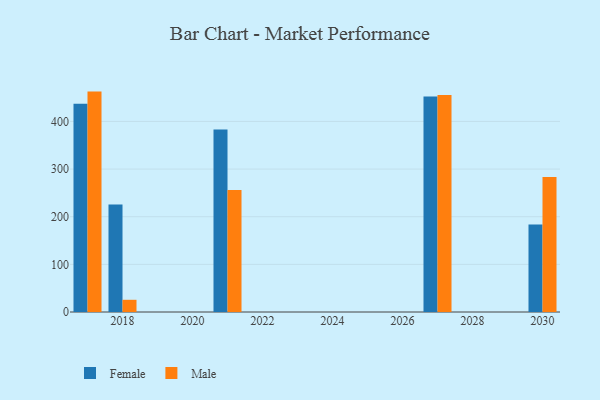
{"axis": {"x": "Year", "y": "Conversion Rate (%)"}, "legend": ["Female", "Male"], "data": [{"x": "2018", "y": 225.6, "type": "Female"}, {"x": "2018", "y": 25.6, "type": "Male"}, {"x": "2030", "y": 183.6, "type": "Female"}, {"x": "2030", "y": 283.1, "type": "Male"}, {"x": "2027", "y": 452.3, "type": "Female"}, {"x": "2027", "y": 455.4, "type": "Male"}, {"x": "2021", "y": 383.1, "type": "Female"}, {"x": "2021", "y": 256.2, "type": "Male"}, {"x": "2017", "y": 437.2, "type": "Female"}, {"x": "2017", "y": 462.6, "type": "Male"}]}